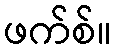
ဖက်စ်။